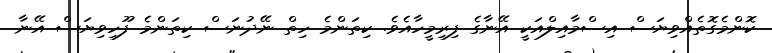
ކޮންމެގޮތެއްވިޔަސް އިސްމާއިލްއަކީ އޭނާގެ ފިރިމީހާއެވެ. ކިތަންމެ ހިތް ނޭދުނަސް ކިތަންމެ ފޫހިވިޔަސް އޭނާ